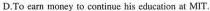
D. To earn money to coatinue his education at Mrl